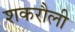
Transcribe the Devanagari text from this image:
शकरौली